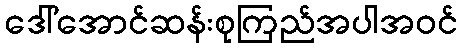
ဒေါ်အောင်ဆန်းစုကြည်အပါအဝင်